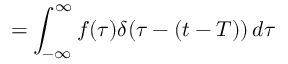
= \int _ { - \infty } ^ { \infty } f ( \tau ) \delta ( \tau - ( t - T ) ) \, d \tau